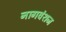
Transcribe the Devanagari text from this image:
नागवंशज